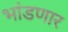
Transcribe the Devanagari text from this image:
भांडणार